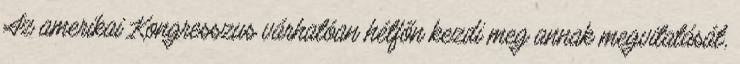
Az amerikai Kongresszus várhatóan hétfőn kezdi meg annak megvitatását,